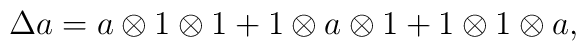
\Delta a=a\otimes 1\otimes 1+1\otimes a\otimes 1+1\otimes 1\otimes a,